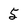
Character: 5